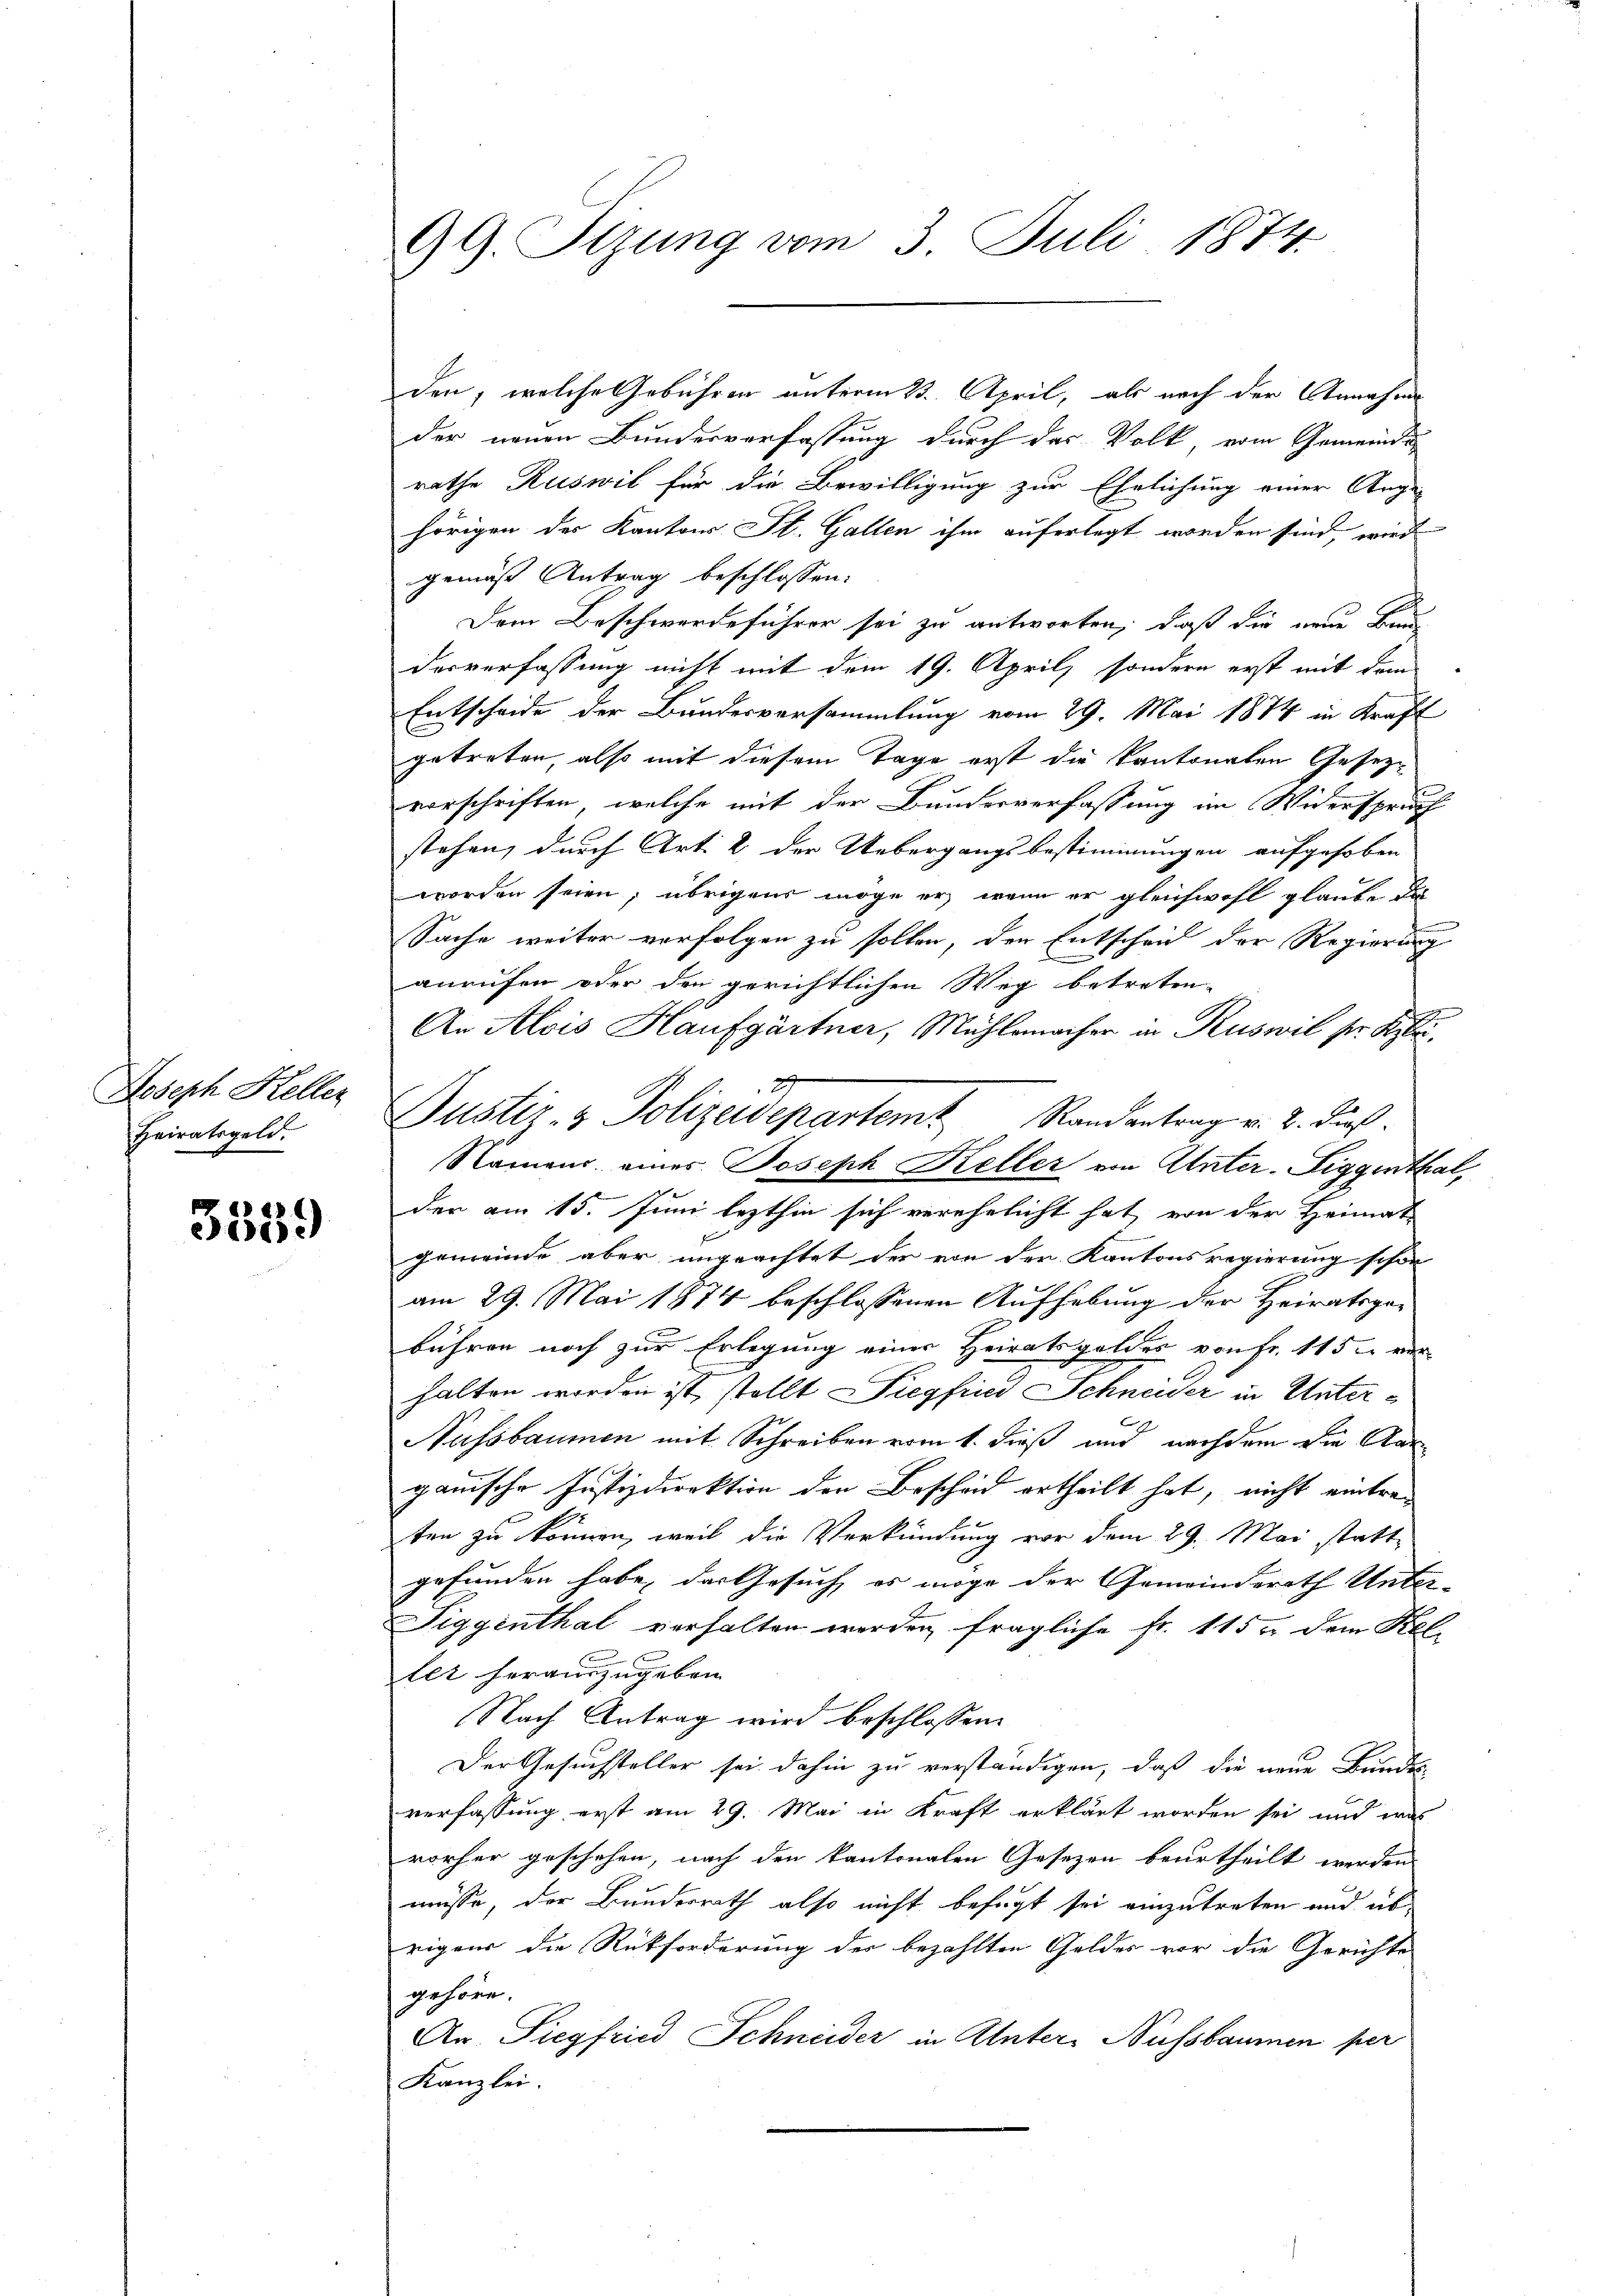
Joseph Keller
Heiratsgeld.

3539

den, welche Gebühren unterm 23. April, als nach der Annahme
der neuen Bundesverfassung durch das Volk, vom Gemeinde
rathe Ruswil für die Bewilligung zur Ehelichung einer Ange-
hörigen des Kantons St. Gallen ihm auferlegt worden sind, wird
gemäß Antrag beschlossen:
Dem Beschwerdeführer sei zu antworten, daß die neue Baue
desverfassung nicht mit dem 19. April, sondern erst mit dem
Entscheide der Bundesversammlung vom 29. Mai 1874 in Kraft
getreten, also mit diesem Tage erst die kantonalen Gesetzvorschriften, welche mit der Bunderverfassung im Widerspruch
stehen, durch Art. 2 der Uebergangsbestimmungen aufgehoben
worden seien; übrigens möge er, wenn er gleichwohl glaube, das
Sache weiter vorfolgen zu sollen, der Entscheid der Regierung
anrufen oder den gerichtlichen Weg betreten
An Alois Haufgärtner, Mühlemacher an Ruswil ser Klei¬
Namens eines Joseph Keller von Unter-Siggenthal,
der am 15. Juni lezthin sich verehelicht hat, von der Heimat
gemeinde aber angeachtet der von der Kantonsregierung schon
am 29. Mai 1874 beschlossenen Aufhebung der Heiratsgebühren noch zur Erlegung einer Heiratsgeldes von Fr. 115 u. ver-
halten worden ist, stellt Siegfind Schneider in Unter¬
Nussbaumen mit Schreiben vom 1. dieß und nachdem die Aarganische Justizdirektion den Bescheid ertheilt hat, nicht eintreten zu können, weil die Verkündung vor dem 29. Mai statte
gefunden habe, das Gesuch, es möge der Gemeinderath Unter¬
Tiggenthal verhalten werden fragliche Fr. 115 u. dem Keller herauszugeben.
Nach Antrag wird beschlossen:
Der Gesuchsteller sei dahin zu verständigen, daß die neue Bundes
verfassung erst am 29. Mai in Kraft erklärt worden sei und was
vorher geschehen, nach den kantonalen Gesetzen beurtheilt werden
müsse, der Bunderrath also nicht befugt sei einzutreten und ab
rigens die Rückforderung der bezahlten Geldes vor die Gerichte
gehöre.
An. Siegfried Schneider in Unter Nussbaumen per
Kanzlei

99. Sizung vom 3. Juli 1874.

2
Justiz- & Polizeidepartem Randantrag v. 2. dieß.